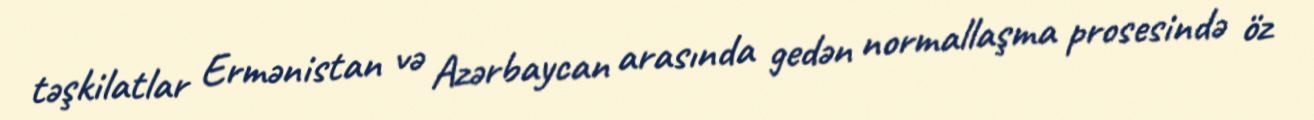
təşkilatlar Ermənistan və Azərbaycan arasında gedən normallaşma prosesində öz